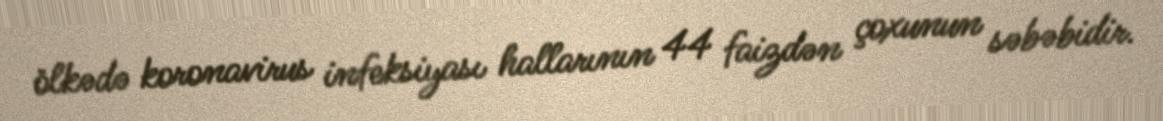
ölkədə koronavirus infeksiyası hallarının 44 faizdən çoxunun səbəbidir.